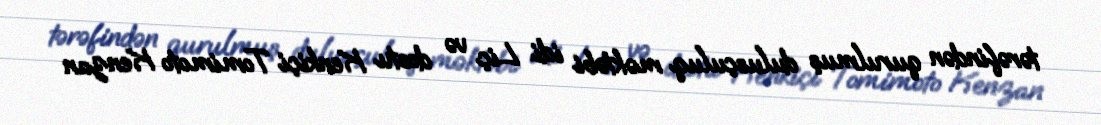
tərəfindən qurulmuş dulusçuluq məktəbi idi. Liç və dostu Kenkiçi Tomimoto Kenzan